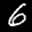
Label: 6